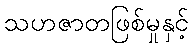
သဟဇာတဖြစ်မှုနှင့်